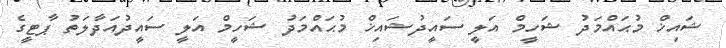
ޝައިޚް މުޙައްމަދު ޝަހީމް އަލީ ސައީދުޝައިޚް މުޙައްމަދު ޝަހީމް އަލީ ސައީދުއަދާލަތު ޕާޓީގެ